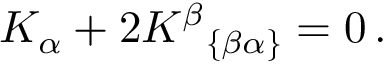
\; \; K _ { \alpha } + 2 K ^ { \beta } { } _ { \left\{ \beta \alpha \right\} } = 0 \, .